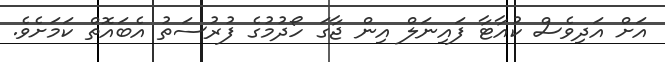
އަށް އަދިވެސް ކުއާޓާ ފައިނަލް އިން ޖާގަ ހޯދުމުގެ ފުރުސަތު އެބައޮތް ކަމަށެވެ.